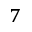
^ { 7 }